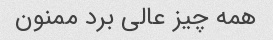
همه چیز عالی برد ممنون